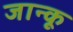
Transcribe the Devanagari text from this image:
जान्कू